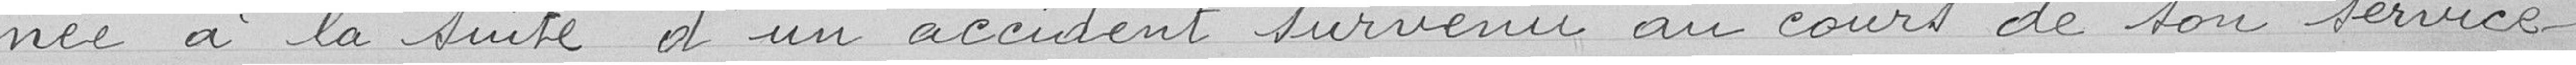
née à la suite d'un accident survenu au cours de son service